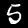
Digit: 5